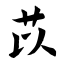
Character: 苡